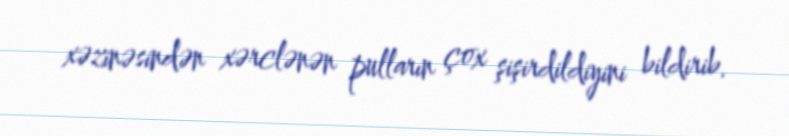
xəzinəsindən xərclənən pulların çox şişirdildiyini bildirib.